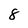
Character: 8